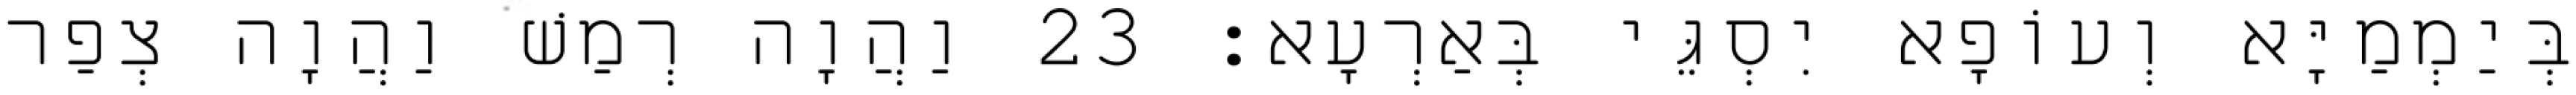
בְּיַמְמַיָּא וְעוֹפָא יִסְגֵּי בְּאַרְעָא׃ 23 וַהֲוָה רְמַשׁ וַהֲוָה צְפַר